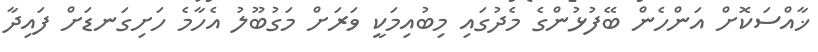
ޚާއްސަކޮށް އަންހެން ބޭފުޅުންގެ މެދުގައި މިބުއިމަކީ ވަރަށް މަގުބޫލު އެހާމެ ހަށިގަނޑަށް ފައިދާ